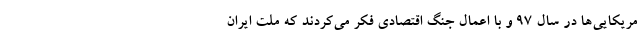
مریکایی‌ها در سال ٩٧ و با اعمال جنگ اقتصادی فکر می‌کردند که ملت ایران